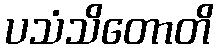
ပသံသိတောတိ